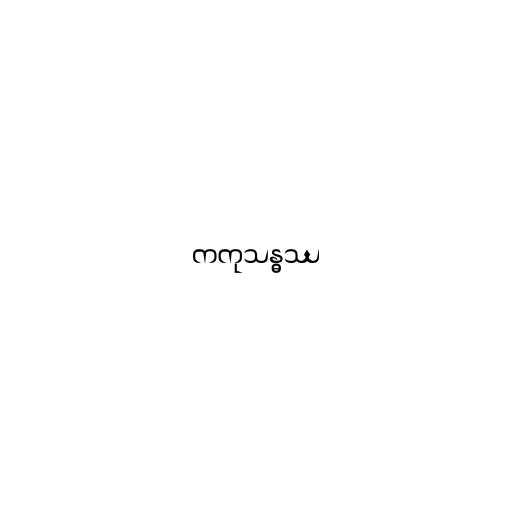
ကကုသန္ဓဿ